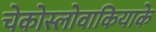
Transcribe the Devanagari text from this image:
चेकोस्लोवाकियाके